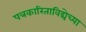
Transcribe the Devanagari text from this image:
पत्रकारिताविद्येच्या